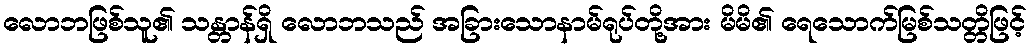
လောဘဖြစ်သူ၏ သန္တာန်ရှိ လောဘသည် အခြားသောနာမ်ရုပ်တို့အား မိမိ၏ ရေသောက်မြစ်သတ္တိဖြင့်